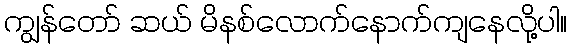
ကျွန်တော် ဆယ် မိနစ်လောက်နောက်ကျနေလို့ပါ။